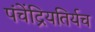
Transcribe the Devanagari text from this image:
पंचेंद्रियतिर्यच